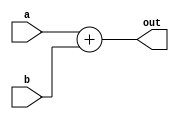
`timescale 1ns / 1ps

module Adder(
	input [31:0] a,b,
	
	output[31:0] out
);

assign #1 out = a + b;

endmodule